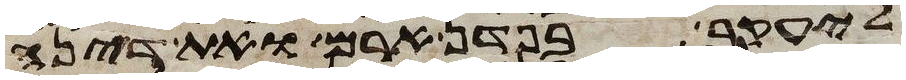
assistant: ליעקב בפדן ארם ואת דינה